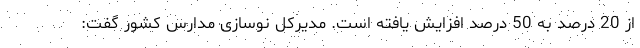
از 20 درصد به 50 درصد افزایش یافته است. مدیرکل نوسازی مدارس کشور گفت: